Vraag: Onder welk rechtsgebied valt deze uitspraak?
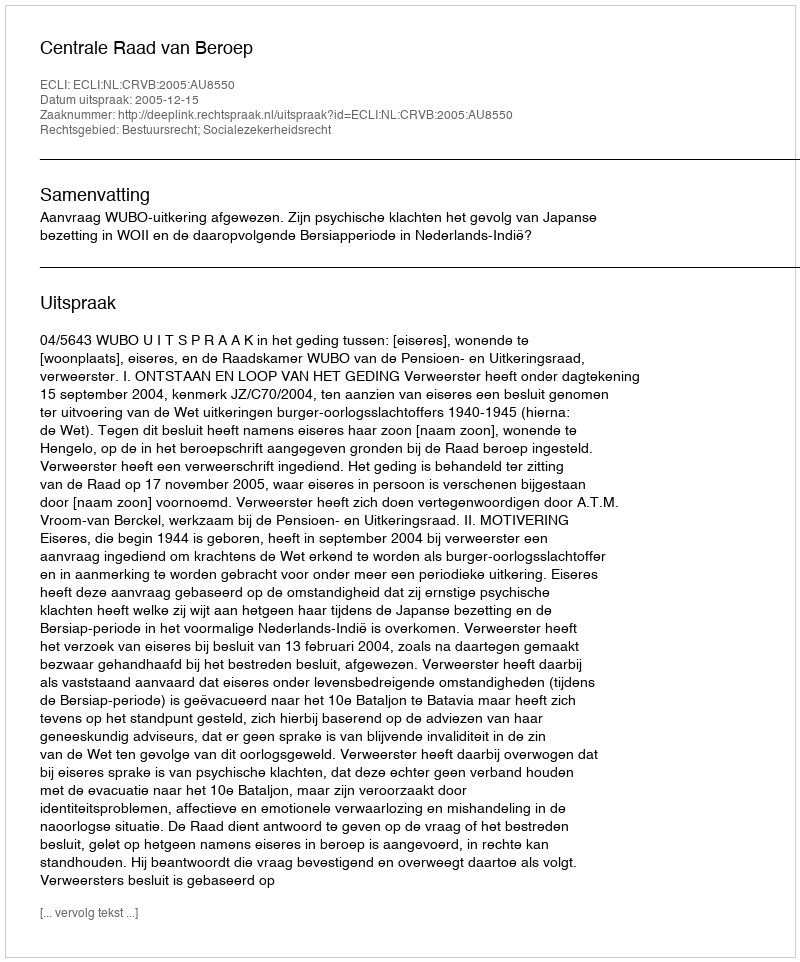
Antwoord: Bestuursrecht; Socialezekerheidsrecht